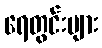
ရေတွင်းများ